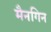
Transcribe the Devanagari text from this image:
मैनगिन